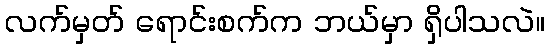
လက်မှတ် ရောင်းစက်က ဘယ်မှာ ရှိပါသလဲ။